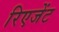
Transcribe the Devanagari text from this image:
रिएजेंट